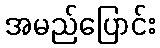
အမည်ပြောင်း